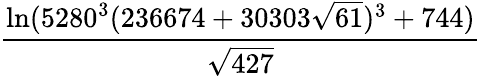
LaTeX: \frac{\ln(5280^{3}(236674+30303{\sqrt{61}})^{3}+744)}{\sqrt{427}}